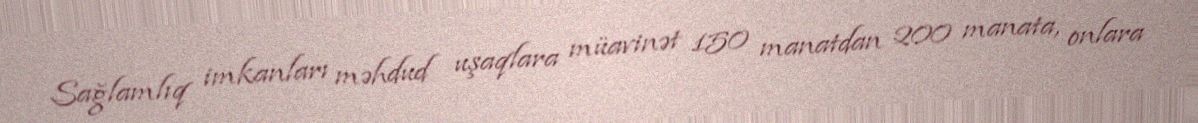
Sağlamlıq imkanları məhdud uşaqlara müavinət 150 manatdan 200 manata, onlara